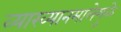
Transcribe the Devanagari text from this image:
व्याख्यानमालेमुळे